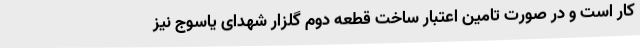
کار است و در صورت تامین اعتبار ساخت قطعه دوم گلزار شهدای یاسوج نیز